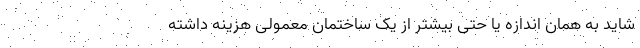
شاید به همان اندازه یا حتی بیشتر از یک ساختمان معمولی هزینه داشته